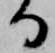
る